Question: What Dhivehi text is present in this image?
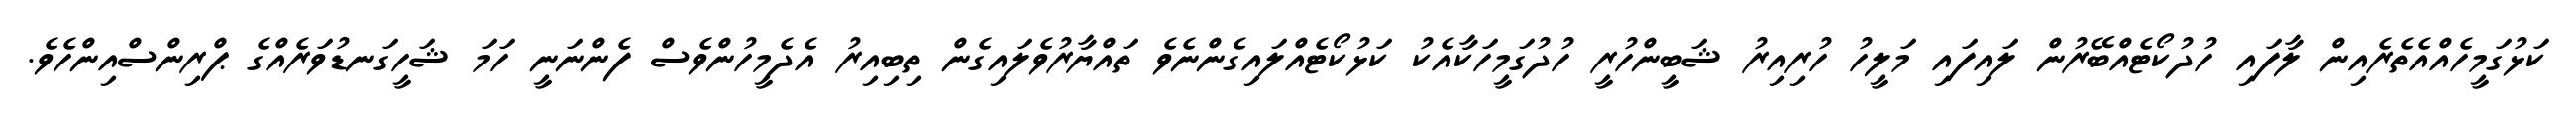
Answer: ކަޅުގަމީހެއްއެތެރެއިން ލާފައި ހުދުކޯޓެއްބޭރުން ލައިފައި މަލީހު ހުރިއިރު ޝަބީންހުރީ ހުދުގަމީހަކާއެކު ކަޅުކޯޓެއްލައިގެންނެވެ ތައްޔާރުވެލައިގެން ތިބިއިރު އެދެމީހުންވެސް ފެންނަނީ ހަމަ ޝަހީގަނޑުވަރެއްގެ ޕްރިންސްއިންހެވެ.